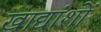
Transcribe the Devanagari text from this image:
खाद्यांशों